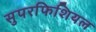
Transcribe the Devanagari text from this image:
सुपरफिशियल